Annual statistical returns and brief notes on vaccination in Bengal - 1896-1909
Year: 1896
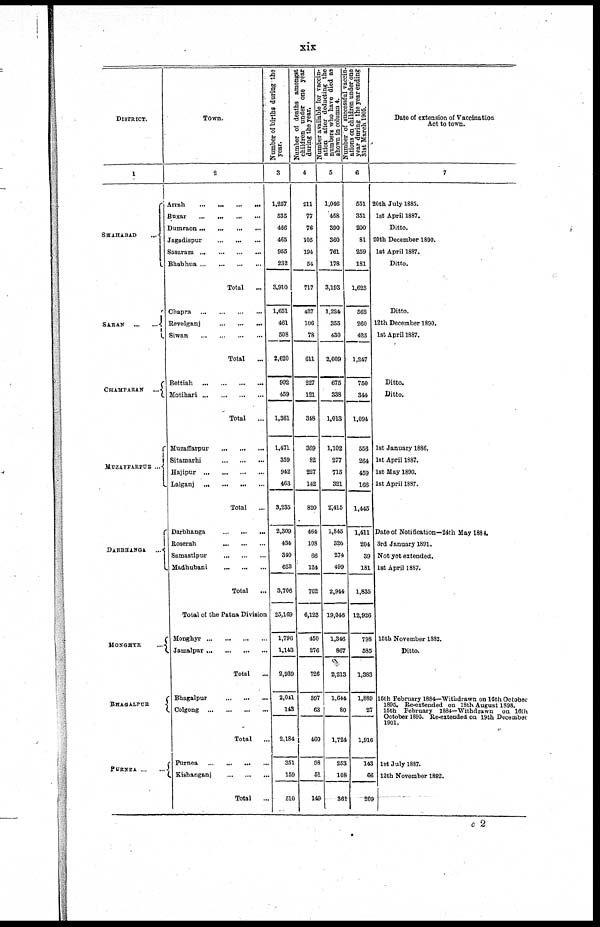
xix
DISTRICT.
1
SHAHABAD
...
SARAN
...
...
CHAMPARAN ...
MUZAFFARPUR ...
DARBHANGA ...
MONGHYE
...
BHAGALPUR
PURNEA ... ...
Town.
2
Arrah
...
...
...
...
Buxar
...
...
...
...
Dumraon ...
...
...
...
Jagadispur
...
...
...
Sasaram
...
...
...
...
Bhabhua ... ... ... ...
Total ...
Chapra
...
...
...
...
Revelganj
...
...
...
Siwan
...
...
...
...
Total
...
Bettiah
...
...
...
...
Motihari
...
...
...
...
Total ...
Muzaffarpur
...
...
...
Sitamarhi
...
...
...
Hajipur
...
...
...
...
Lalganj
...
...
...
...
Total
...
Darbhanga
...
...
...
Roserah
...
...
...
Samastipur
...
...
...
Madhubani
...
...
...
Total
...
Total of the Patna Division
Monghyr
...
...
...
...
Jamalpur ... ... ... ...
Total ...
Bhagalpur
...
...
...
Colgong
...
...
...
...
Total ...
Purnea
...
...
...
...
Kishanganj
...
...
...
Total
...
Number of births during the
year.
3
1,257
535
466
465
955
232
3,910
1,651
461
508
2,620
902
459
1,361
1,471
359
942
463
3,235
2,309
434
340
623
3,706
25,169
1,796
1,143
2,939
2,041
143
2,184
351
159
510
Number of deaths amongst
children under one year
during the year.
4
211
77
76
105
194
54
717
427
106
78
611
227
121
348
369
82
227
142
820
464
108
66
124
762
6,123
450
276
726
397
63
460
98
51
149
Number available for vaccin-
ation after deducting the
numbers who have died as
shown in column 4.
5
1,046
458
390
360
761
178
3,193
1,224
355
430
2,009
675
338
1,013
1,102
277
715
321
2,415
1,845
326
274
499
2,944
19,046
1,346
867
2,213
1,644
80
1,724
253
108
361
Number of successful vaccin¬
ations on children under one
year during the year ending
31st March 1905.
6
551
351
200
81
259
181
1,623
562
260
425
1,247
750
344
1,094
556
264
459
166
1,445
1,411
204
39
181
1,835
12,926
798
585
1,383
1,889
27
1,916
143
66
209
Date of extension of Vaccination
Act to town.
7
20th July 1885.
1st April 1887.
Ditto.
20th December 1890.
1st April 1887.
Ditto.
Ditto.
12th December 1890.
1st April 1887.
Ditto.
Ditto.
1st January 1886.
1st April 1887.
1st May 1890.
1st April 1887.
Date of Notification—24th May 1884.
3rd January 1891.
Not yet extended.
1st April 1887.
15th November 1882.
Ditto.
15th February 1884—Withdrawn on 16th October
1895. Re-extended on 18th August 1898.
15th February 1884—Withdrawn on 16th
October 1895. Re-extended on 19th December
1901.
1st July 1887.
12th November 1892.
c 2